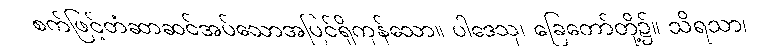
စက်ဖြင့်တံဆာဆင်အပ်သောအပြင်ရှိကုန်သော။ ပါဒေသု၊ ခြေတော်တို့၌။ သိရသာ၊